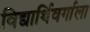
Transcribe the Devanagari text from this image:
विद्यार्थिवर्गाला